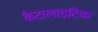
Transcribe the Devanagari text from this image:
कैटालाइटिक